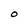
Character: O